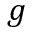
g